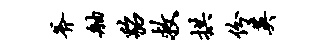
斧舳貂救拱份英